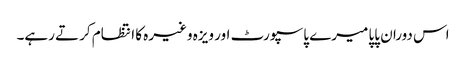
اس دوران پاپا میرے پاسپورٹ اور ویزہ وغیرہ کا انتظام کرتے رہے۔